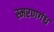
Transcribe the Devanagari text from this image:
स्मरणगंध